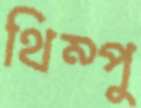
থিম্পু